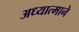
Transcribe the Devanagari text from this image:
अध्यात्माने